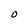
Character: O